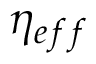
\eta _ { e f f }